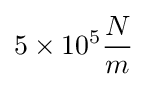
5\times 10^{5}{\frac {N}{m}}